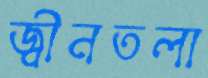
জ্বীনতলা